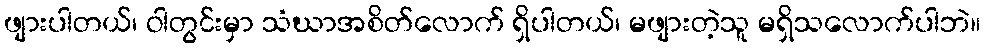
ဖျားပါတယ်၊ ဝါတွင်းမှာ သံဃာအစိတ်လောက် ရှိပါတယ်၊ မဖျားတဲ့သူ မရှိသလောက်ပါဘဲ။